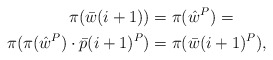
\begin{align*}\pi(\bar w(i+1)) &= \pi({\hat w}^P) =\\\pi (\pi({\hat w}^P)\cdot\bar p(i+1)^P) &= \pi( \bar w(i+1)^P),\end{align*}